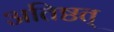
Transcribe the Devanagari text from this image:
अतिष्ठत्